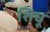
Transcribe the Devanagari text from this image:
शिचू